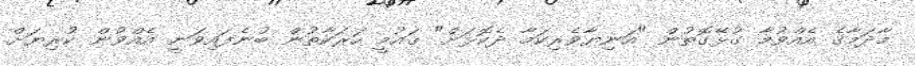
މާދަމާގެ އެއްވުމާ ގުޅޭގޮތުން "އަނިޔާވެރިކަމާ ދެކޮޅަށް" ޤައުމީ ހަރަކާތުން ބުނެފައިވަނީ އެއްވުން ކުރިޔަށް